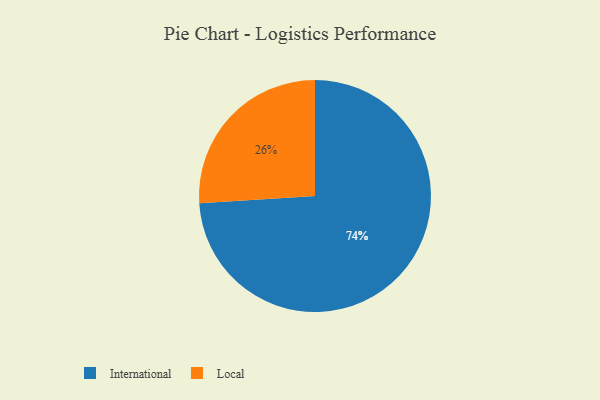
{"axis": {"x": "Category", "y": "Percentage"}, "legend": ["International", "Local"], "data": [{"x": "International", "y": 74, "type": "International"}, {"x": "Local", "y": 26, "type": "Local"}]}